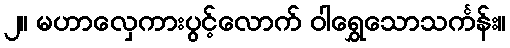
၂။ မဟာလှေကားပွင့်လောက် ဝါရွှေသောသင်္ကန်း။